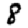
Digit: 8